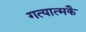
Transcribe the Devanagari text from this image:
गत्यात्मकै